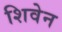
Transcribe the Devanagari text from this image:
शिवेन